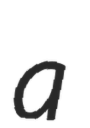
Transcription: a